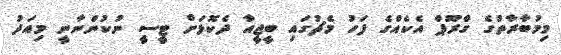
މިމުބާރާތުގެ ގްރޫޕް އެކެއްގެ ފަހު މެޗުގައި ބީޖީއާ ދެކޮޅަށް ޓީސީ ނުކުންނާނީ މިއަދު